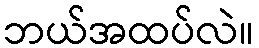
ဘယ်အထပ်လဲ။